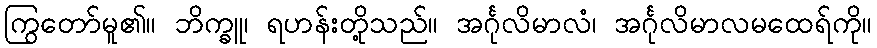
ကြွတော်မူ၏။ ဘိက္ခူ၊ ရဟန်းတို့သည်။ အင်္ဂုလိမာလံ၊ အင်္ဂုလိမာလမထေရ်ကို။